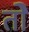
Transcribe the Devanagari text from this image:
तोे